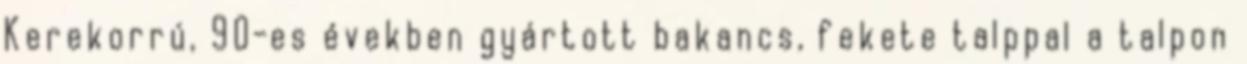
Kerekorrú, 90-es években gyártott bakancs, fekete talppal a talpon